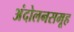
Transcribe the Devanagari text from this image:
अंदोलनसमूह